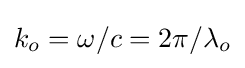
k_{o}=\omega /c=2\pi /\lambda _{o}